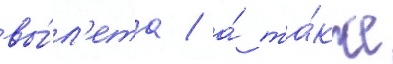
вы́л'ета / а́ та́кже